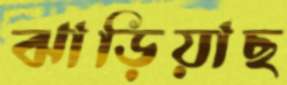
ঝাড়িয়াছ